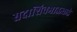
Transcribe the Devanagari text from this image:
सदाशिवभाऊकडे